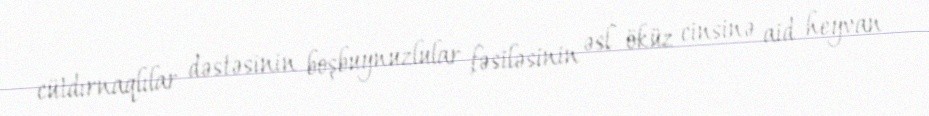
cütdırnaqlılar dəstəsinin boşbuynuzlular fəsiləsinin əsl öküz cinsinə aid heyvan